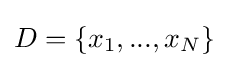
D=\{x_{1},...,x_{N}\}